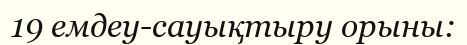
19 емдеу-сауықтыру орыны: